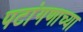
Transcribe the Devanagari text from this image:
पटांगणाच्या